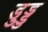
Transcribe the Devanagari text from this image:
डुड्डु